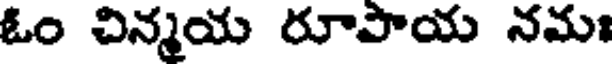
ఓం చిన్మయ రూపాయ నమః